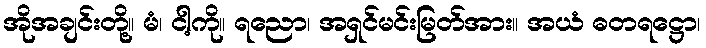
အိုအချင်းတို့။ မံ၊ ငါ့ကို။ ရညော၊ အရှင်မင်းမြတ်အား။ အယံ ဓတရဋ္ဌော၊